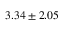
3 . 3 4 \pm 2 . 0 5